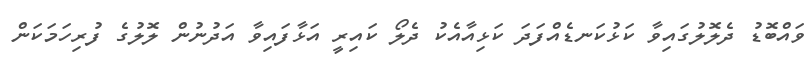
ވައްބޮޑު ދެލޮލުގައިވާ ކަޅުކަނޑެއްފަދަ ކަޅިއާއެކު ދެލޯ ކައިރީ އަޅާފައިވާ އަދުނުން ލޮލުގެ ފުރިހަމަކަން